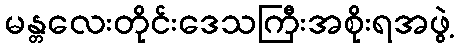
မန္တလေးတိုင်းဒေသကြီးအစိုးရအဖွဲ့